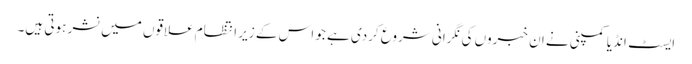
ایسٹ انڈیا کمپنی نے ان خبروں کی نگرانی شروع کردی ہے جو اس کے زیر انتظام علاقوں میں نشر ہوتی ہیں۔